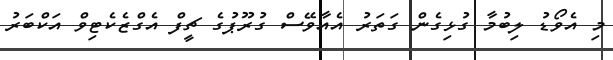
މި އެވޯޑު ލިބުމާ ގުޅިގެން ގަތަރު އެއާވޭސް ގުރޫޕުގެ ޗީފް އެގްޒެކެޓިވް އަކްބަރު